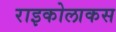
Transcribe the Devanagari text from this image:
राइकोलाकस